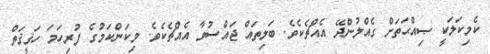
ކެމިކަލަކީ ޞިއްޙަތަށް ގެއްލުންދޭ އެއްޗެކެވެ. ބަލިތައް ޖައްސުވާ އެއްޗެކެވެ. މިކަންކަމުގެ ފުރިހަމަ ހަޤީޤަތް